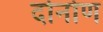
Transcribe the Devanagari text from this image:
दोनोण